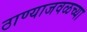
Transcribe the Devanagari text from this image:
ठाण्याजवळच्या